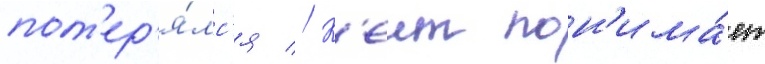
пот'ер'я́лс'я // К'еит пон'има́ет